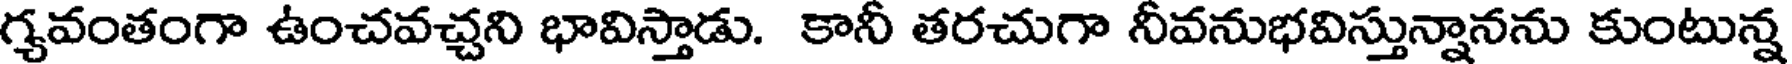
గ్యవంతంగా ఉంచవచ్చని భావిస్తాడు. కానీ తరచుగా నీవనుభవిస్తున్నానను కుంటున్న